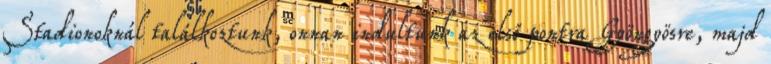
Stadionoknál találkoztunk, onnan indultunk az első pontra Gyöngyösre, majd